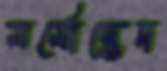
মর্মোদ্ভেদ